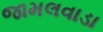
જામલવાડા